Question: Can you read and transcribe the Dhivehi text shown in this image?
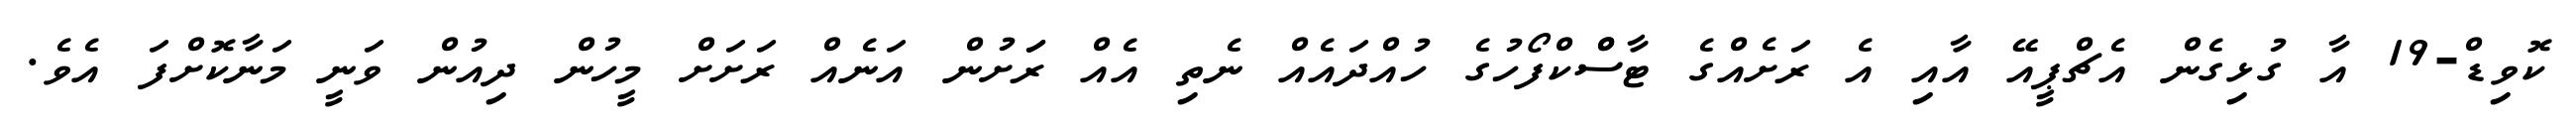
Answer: ކޮވިޑް-19 އާ ގުޅިގެން އެޗްޕީއޭ އާއި އެ ރަށެއްގެ ޓާސްްކްފޯހުގެ ހުއްދައެއް ނެތި އެއް ރަަށުން އަނެއް ރަށަށް މީހުން ދިއުން ވަނީ މަނާކޮށްފަ އެވެ.